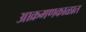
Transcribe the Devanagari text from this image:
आक्रमणकाळात